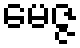
မေဇ္ဇ